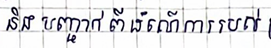
និងបញ្ចាក់ពីដំណើរការរបស់